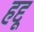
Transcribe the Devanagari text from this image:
हद्दू